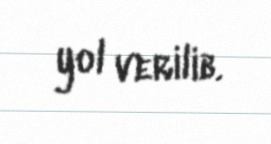
yol verilib.